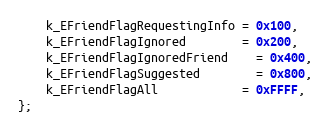
Language: C
	k_EFriendFlagRequestingInfo = 0x100,
	k_EFriendFlagIgnored		= 0x200,
	k_EFriendFlagIgnoredFriend	= 0x400,
	k_EFriendFlagSuggested		= 0x800,
	k_EFriendFlagAll			= 0xFFFF,
};